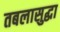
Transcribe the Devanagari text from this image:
तबलासुद्धा